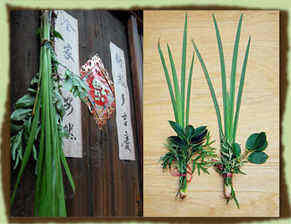
不效艾符趋习俗，但祈蒲酒话升平。